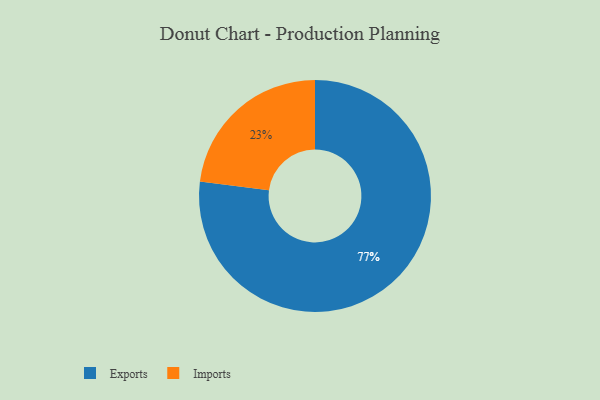
{"axis": {"x": "Category", "y": "Percentage"}, "legend": ["Exports", "Imports"], "data": [{"x": "Imports", "y": 23, "type": "Imports"}, {"x": "Exports", "y": 77, "type": "Exports"}]}